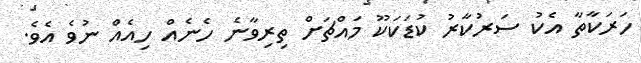
ހަރަކާތާ އެކު ސަރުކާރު ކުޑަކަކޫ މައްޗަށް ތިރިވާނެ ހެނެއް ހިއެއް ނުވެ އެވެ.